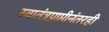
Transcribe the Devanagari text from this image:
स्वातंत्रप्राप्तीनंतरही